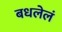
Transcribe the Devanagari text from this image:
बधलेलं